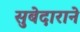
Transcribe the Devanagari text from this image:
सुबेदाराने